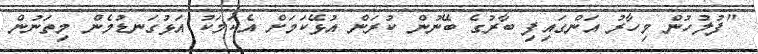
"ފުލުހުން މިހާރު އަންގައިފި ބާރުގެ ބޭނުން ކުރަން އުޅޭކަމަށް އެކަމަކު އަޅުގަނޑުމެން މިތަނުން